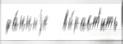
да́нныjе   вы́раст'ить